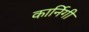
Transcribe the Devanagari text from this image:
कार्निगी